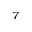
^ 7